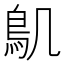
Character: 𮬥